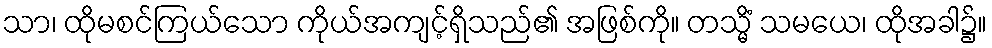
သာ၊ ထိုမစင်ကြယ်သော ကိုယ်အကျင့်ရှိသည်၏ အဖြစ်ကို။ တသ္မိံ သမယေ၊ ထိုအခါ၌။